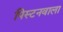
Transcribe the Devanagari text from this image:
पिस्टनवाला